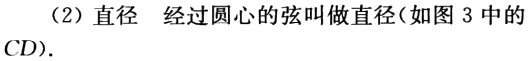
（2）直径 经过圆心的弦叫做直径(如图 3 中的CD).